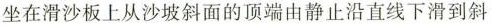
坐在滑沙板上从沙坡斜面的顶端由静止沿直线下滑到斜